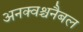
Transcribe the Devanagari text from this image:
अनक्वश्चनैबल